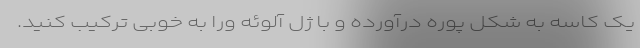
یک کاسه به شکل پوره درآورده و با ژل آلوئه ورا به خوبی ترکیب کنید.